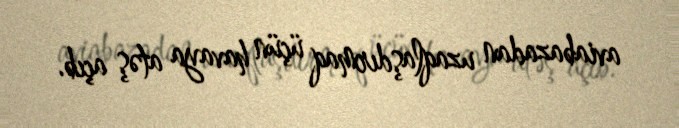
aviabazadan uzaqlaşdırmaq üçün havaya atəş açıb.